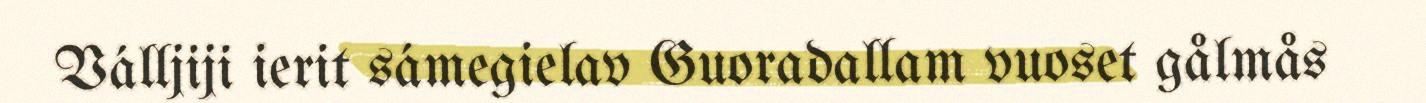
Válljiji ierit sámegielav Guoradallam vuoset gålmås